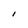
Character: l